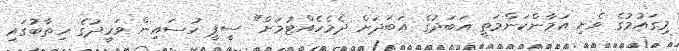
މިގައުމުގެ ވެށި އަމާންކަންމަތީ އަބަދުގެ އަބަދަށް ދެމެހެއްޓުމަށް" ސީޕީ ހުސައިން ވަހީދުގެ ހިތާބުގައި